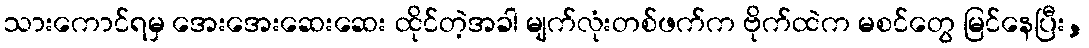
သားကောင်ရမှ အေးအေးဆေးဆေး ထိုင်တဲ့အခါ မျက်လုံးတစ်ဖက်က ဗိုက်ထဲက မစင်တွေ မြင်နေပြီး,